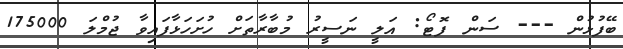
ބޭފުޅުން --- ސަން ފޮޓޯ: އަލީ ނަސީރު މުބާރާތަށް ހުށަހަޅާފައިވާ ޖުމްލަ 175000